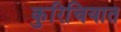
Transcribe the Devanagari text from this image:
कुरिचियात